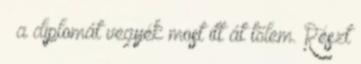
– a diplomát vegyék most itt át tőlem. Részt